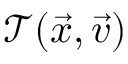
\mathcal { T } ( \vec { x } , \vec { v } )